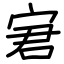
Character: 宭